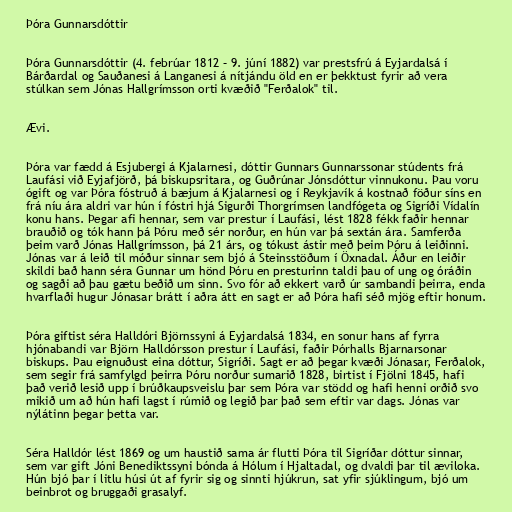
Þóra Gunnarsdóttir

Þóra Gunnarsdóttir (4. febrúar 1812 – 9. júní 1882) var prestsfrú á Eyjardalsá í
Bárðardal og Sauðanesi á Langanesi á nítjándu öld en er þekktust fyrir að vera
stúlkan sem Jónas Hallgrímsson orti kvæðið "Ferðalok" til.

Ævi.

Þóra var fædd á Esjubergi á Kjalarnesi, dóttir Gunnars Gunnarssonar stúdents frá
Laufási við Eyjafjörð, þá biskupsritara, og Guðrúnar Jónsdóttur vinnukonu. Þau voru
ógift og var Þóra fóstruð á bæjum á Kjalarnesi og í Reykjavík á kostnað föður síns en
frá níu ára aldri var hún í fóstri hjá Sigurði Thorgrímsen landfógeta og Sigríði Vídalín
konu hans. Þegar afi hennar, sem var prestur í Laufási, lést 1828 fékk faðir hennar
brauðið og tók hann þá Þóru með sér norður, en hún var þá sextán ára. Samferða
þeim varð Jónas Hallgrímsson, þá 21 árs, og tókust ástir með þeim Þóru á leiðinni.
Jónas var á leið til móður sinnar sem bjó á Steinsstöðum í Öxnadal. Áður en leiðir
skildi bað hann séra Gunnar um hönd Þóru en presturinn taldi þau of ung og óráðin
og sagði að þau gætu beðið um sinn. Svo fór að ekkert varð úr sambandi þeirra, enda
hvarflaði hugur Jónasar brátt í aðra átt en sagt er að Þóra hafi séð mjög eftir honum.

Þóra giftist séra Halldóri Björnssyni á Eyjardalsá 1834, en sonur hans af fyrra
hjónabandi var Björn Halldórsson prestur í Laufási, faðir Þórhalls Bjarnarsonar
biskups. Þau eignuðust eina dóttur, Sigríði. Sagt er að þegar kvæði Jónasar, Ferðalok,
sem segir frá samfylgd þeirra Þóru norður sumarið 1828, birtist í Fjölni 1845, hafi
það verið lesið upp í brúðkaupsveislu þar sem Þóra var stödd og hafi henni orðið svo
mikið um að hún hafi lagst í rúmið og legið þar það sem eftir var dags. Jónas var
nýlátinn þegar þetta var.

Séra Halldór lést 1869 og um haustið sama ár flutti Þóra til Sigríðar dóttur sinnar,
sem var gift Jóni Benediktssyni bónda á Hólum í Hjaltadal, og dvaldi þar til æviloka.
Hún bjó þar í litlu húsi út af fyrir sig og sinnti hjúkrun, sat yfir sjúklingum, bjó um
beinbrot og bruggaði grasalyf.